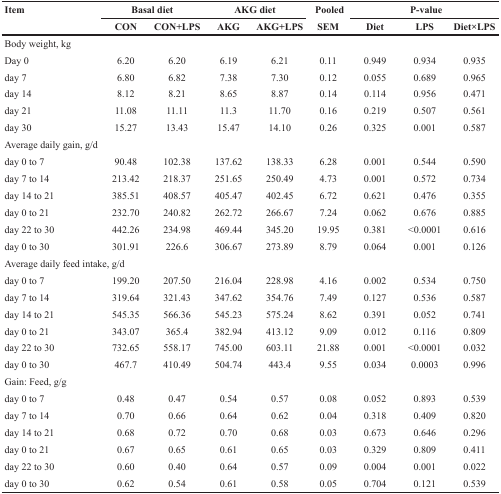
<table><thead><tr><td rowspan="2"><b>Item</b></td><td colspan="2"><b>Basal diet</b></td><td colspan="2"><b>AKG diet</b></td><td><b>Pooled</b></td><td colspan="3"><b>P-value</b></td></tr><tr><td><b>CON</b></td><td><b>CON+LPS</b></td><td><b>AKG</b></td><td><b>AKG+LPS</b></td><td><b>SEM</b></td><td><b>Diet</b></td><td><b>LPS</b></td><td><b>Diet×LPS</b></td></tr></thead><tbody><tr><td colspan="9">Body weight, kg</td></tr><tr><td>Day 0</td><td>6.20</td><td>6.20</td><td>6.19</td><td>6.21</td><td>0.11</td><td>0.949</td><td>0.934</td><td>0.935</td></tr><tr><td>day 7</td><td>6.80</td><td>6.82</td><td>7.38</td><td>7.30</td><td>0.12</td><td>0.055</td><td>0.689</td><td>0.965</td></tr><tr><td>day 14</td><td>8.12</td><td>8.21</td><td>8.65</td><td>8.87</td><td>0.14</td><td>0.114</td><td>0.956</td><td>0.471</td></tr><tr><td>day 21</td><td>11.08</td><td>11.11</td><td>11.3</td><td>11.70</td><td>0.16</td><td>0.219</td><td>0.507</td><td>0.561</td></tr><tr><td>day 30</td><td>15.27</td><td>13.43</td><td>15.47</td><td>14.10</td><td>0.26</td><td>0.325</td><td>0.001</td><td>0.587</td></tr><tr><td colspan="9">Average daily gain, g/d</td></tr><tr><td>day 0 to 7</td><td>90.48</td><td>102.38</td><td>137.62</td><td>138.33</td><td>6.28</td><td>0.001</td><td>0.544</td><td>0.590</td></tr><tr><td>day 7 to 14</td><td>213.42</td><td>218.37</td><td>251.65</td><td>250.49</td><td>4.73</td><td>0.001</td><td>0.572</td><td>0.734</td></tr><tr><td>day 14 to 21</td><td>385.51</td><td>408.57</td><td>405.47</td><td>402.45</td><td>6.72</td><td>0.621</td><td>0.476</td><td>0.355</td></tr><tr><td>day 0 to 21</td><td>232.70</td><td>240.82</td><td>262.72</td><td>266.67</td><td>7.24</td><td>0.062</td><td>0.676</td><td>0.885</td></tr><tr><td>day 22 to 30</td><td>442.26</td><td>234.98</td><td>469.44</td><td>345.20</td><td>19.95</td><td>0.381</td><td>&lt;0.0001</td><td>0.616</td></tr><tr><td>day 0 to 30</td><td>301.91</td><td>226.6</td><td>306.67</td><td>273.89</td><td>8.79</td><td>0.064</td><td>0.001</td><td>0.126</td></tr><tr><td colspan="9">Average daily feed intake, g/d</td></tr><tr><td>day 0 to 7</td><td>199.20</td><td>207.50</td><td>216.04</td><td>228.98</td><td>4.16</td><td>0.002</td><td>0.534</td><td>0.750</td></tr><tr><td>day 7 to 14</td><td>319.64</td><td>321.43</td><td>347.62</td><td>354.76</td><td>7.49</td><td>0.127</td><td>0.536</td><td>0.587</td></tr><tr><td>day 14 to 21</td><td>545.35</td><td>566.36</td><td>545.23</td><td>575.24</td><td>8.62</td><td>0.391</td><td>0.052</td><td>0.741</td></tr><tr><td>day 0 to 21</td><td>343.07</td><td>365.4</td><td>382.94</td><td>413.12</td><td>9.09</td><td>0.012</td><td>0.116</td><td>0.809</td></tr><tr><td>day 22 to 30</td><td>732.65</td><td>558.17</td><td>745.00</td><td>603.11</td><td>21.88</td><td>0.001</td><td>&lt;0.0001</td><td>0.032</td></tr><tr><td>day 0 to 30</td><td>467.7</td><td>410.49</td><td>504.74</td><td>443.4</td><td>9.55</td><td>0.034</td><td>0.0003</td><td>0.996</td></tr><tr><td colspan="9">Gain: Feed, g/g</td></tr><tr><td>day 0 to 7</td><td>0.48</td><td>0.47</td><td>0.54</td><td>0.57</td><td>0.08</td><td>0.052</td><td>0.893</td><td>0.539</td></tr><tr><td>day 7 to 14</td><td>0.70</td><td>0.66</td><td>0.64</td><td>0.62</td><td>0.04</td><td>0.318</td><td>0.409</td><td>0.820</td></tr><tr><td>day 14 to 21</td><td>0.68</td><td>0.72</td><td>0.70</td><td>0.68</td><td>0.03</td><td>0.673</td><td>0.646</td><td>0.296</td></tr><tr><td>day 0 to 21</td><td>0.67</td><td>0.65</td><td>0.61</td><td>0.65</td><td>0.03</td><td>0.329</td><td>0.809</td><td>0.411</td></tr><tr><td>day 22 to 30</td><td>0.60</td><td>0.40</td><td>0.64</td><td>0.57</td><td>0.09</td><td>0.004</td><td>0.001</td><td>0.022</td></tr><tr><td>day 0 to 30</td><td>0.62</td><td>0.54</td><td>0.61</td><td>0.58</td><td>0.05</td><td>0.704</td><td>0.121</td><td>0.539</td></tr></tbody></table>